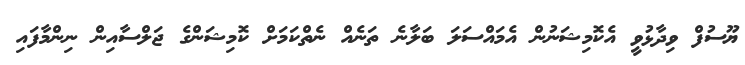
ޔޫސުފް ވިދާޅުވީ އެކޮމިޝަނުން އެމައްސަލަ ބަލާނެ ތަނެއް ނެތްކަމަށް ކޮމިޝަންގެ ޖަލްސާއިން ނިންމާފައި